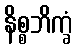
နိစ္စဘိက္ခံ